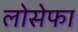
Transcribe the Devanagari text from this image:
लोसेफा